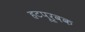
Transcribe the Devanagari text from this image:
हटपूर्वक